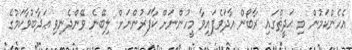
އެހެންކަމުން މި ޙަދީޘްގައި ރާބޯން އާދަވެފައިވާ މީހުންނަށް ކާފަރުންނަށް ލިބޭނެ ވޭންދެނިވި ޢަޛާބުވާކަމުގެ